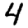
Digit: 4